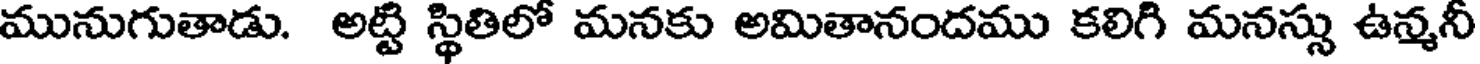
మునుగుతాడు. అట్టి స్థితిలో మనకు అమితానందము కలిగి మనస్సు ఉన్మనీ